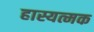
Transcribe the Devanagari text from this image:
हास्यत्मक